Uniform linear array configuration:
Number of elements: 48
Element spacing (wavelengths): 0.75
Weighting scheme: hamming
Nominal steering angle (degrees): -60
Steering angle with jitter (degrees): -58.011
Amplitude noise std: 0.05
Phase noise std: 0.05

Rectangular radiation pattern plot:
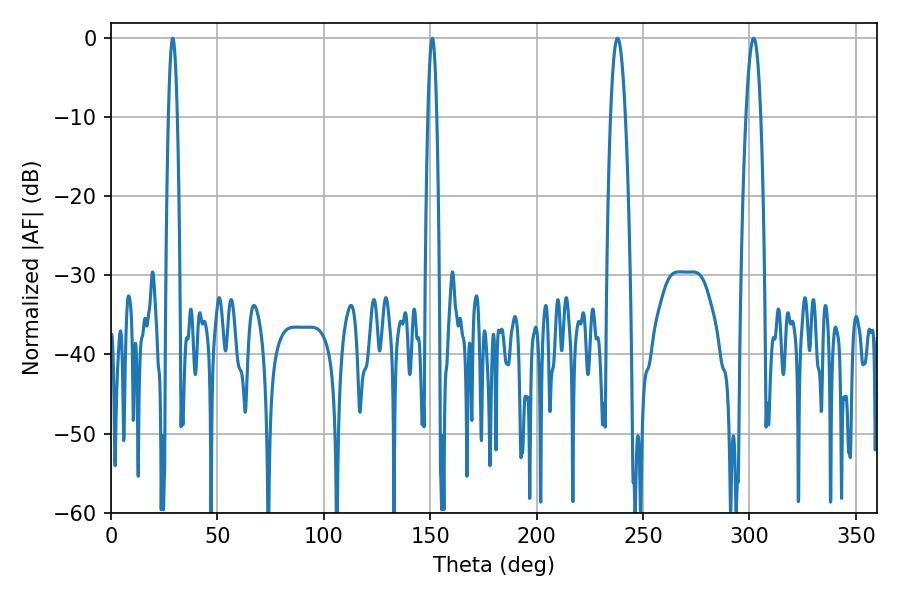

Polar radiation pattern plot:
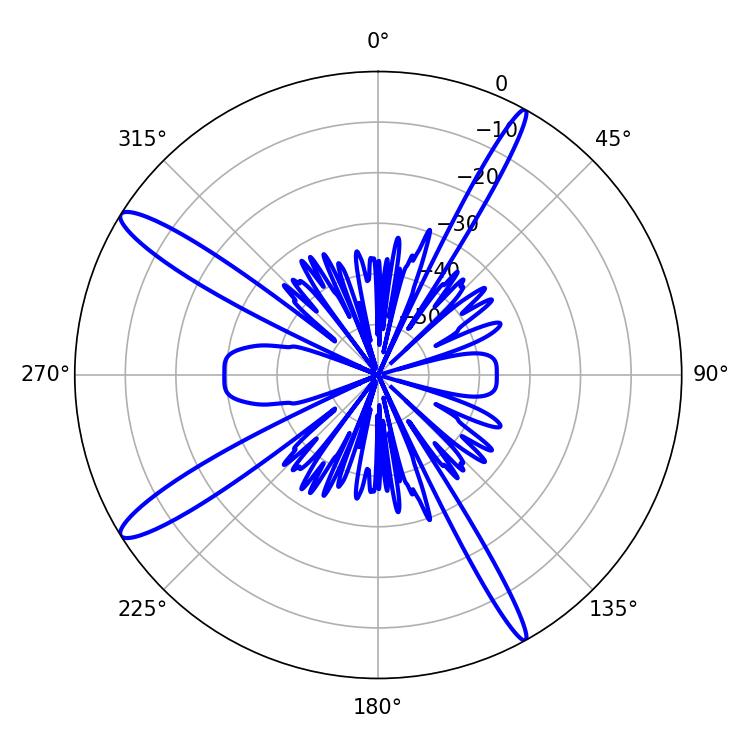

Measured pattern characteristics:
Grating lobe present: TRUE
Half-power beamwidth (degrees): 2.16
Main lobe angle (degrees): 28.98